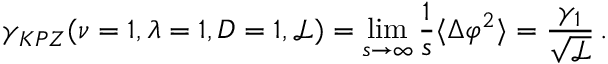
\gamma _ { K P Z } ( \nu = 1 , \lambda = 1 , D = 1 , \mathcal { L } ) = \operatorname* { l i m } _ { s \to \infty } \frac { 1 } { s } \langle \Delta \varphi ^ { 2 } \rangle = \frac { \gamma _ { 1 } } { \sqrt { \mathcal { L } } } \, .